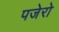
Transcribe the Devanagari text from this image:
पजेरो